Annual statistical returns and brief notes on vaccination in Bengal - 1909-1929
Year: 1909
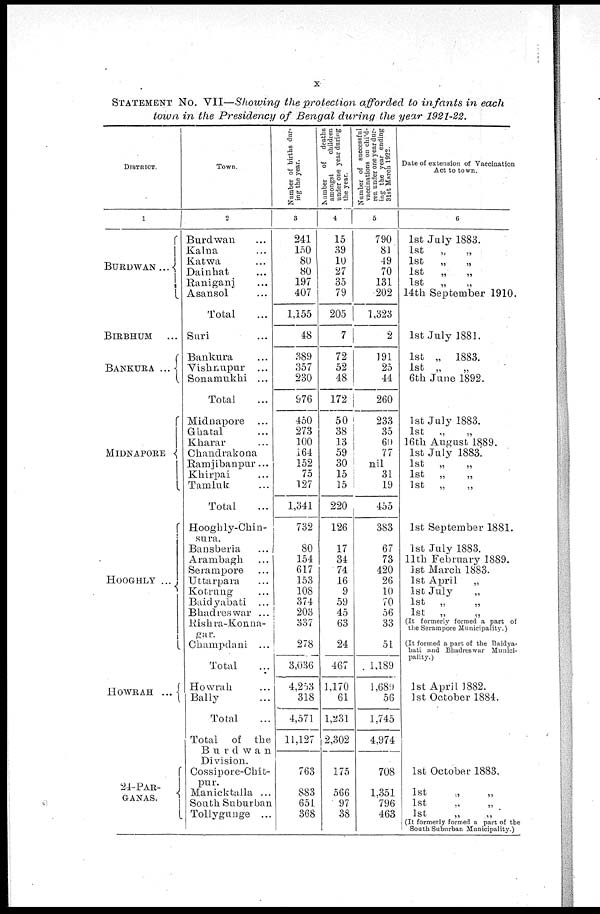
x
STATEMENT No. VII—Showing the protection afforded to infants in each
town in the Presidency of Bengal during the year 1921-22.
DISTRICT.
1
BURDWAN...
BIRBHUM ...
BANKURA ...
MIDNAPORE
HOOGHLY ...
HOWRAH ...
24-PAR¬
GANAS.
Town.
2
Burdwan ...
Kalna ...
Katwa ...
Dainhat ...
Raniganj ...
Asansol ...
Total ...
Suri ...
Bankura ...
Vishnupur ...
Sonamukhi ...
Total ...
Midnapore ...
Ghatal ...
Kharar ...
Chandrakona
Ramjibanpur...
Khirpai ...
Tamluk ...
Total ...
Hooghly-Chin¬
sura.
Bansberia ...
Arambagh ...
Serampore ...
Uttarpara ...
Kotrung ...
Baidyabati ...
Bhadreswar ...
Rishra-Konna¬
gar.
Champdani ...
Total ...
Howrah ...
Bally ...
Total ...
Total of the
Burdwan
Division.
Cossipore-Chit¬
pur.
Manicktalla ...
South Suburban
Tollygunge ...
Number of births dur-
ing the year.
3
241
150
80
80
197
407
1,155
48
389
357
230
976
450
273
100
164
152
75
127
1,341
732
80
154
617
153
108
374
203
337
278
3,036
4,253
318
4,571
11,127
763
883
651
368
Number of
deaths
amongst
children
under one year during
the year.
4
15
39
10
27
35
79
205
7
72
52
48
172
50
38
13
59
30
15
15
220
126
17
34
74
16
9
59
45
63
24
467
1,170
61
1,231
2,302
175
566
97
38
Number of successful
vaccinations on child¬
ren under one year dur¬
ing the year ending
31st March 1922.
5
790
81
49
70
131
202
1,323
2
191
25
44
260
233
35
60
77
nil
31
19
455
383
67
73
420
26
10
70
56
33
51
1,189
1,689
56
1,745
4,974
708
1,351
796
463
Date of extension of Vaccination
Act to town.
6
1st July 1883.
1st
„ „
1st
„
„
1st
„
„
1st
„ „
14th September 1910.
1st July 1881.
1st „ 1883.
1st „
„
6th June 1892.
1st July 1883.
1st
„ „
16th August 1889.
1st July 1883.
1st
„
„
1st
„
„
1st
„
„
1st September 1881.
1st July 1883.
11th February 1889.
1st March 1883.
1st April
„
1st July
„
1st „
„
1st
„ „
(It formerly formed a part of
the Serampore Municipality.)
(It formed a part of the Baidya-
bati and Bhadreswar Munici-
pality.)
1st April 1882.
1st October 1884.
1st October 1883.
1st „ „
1st „ „
1st
„
„
(It formerly formed a part of the
South Suburban Municipality.)